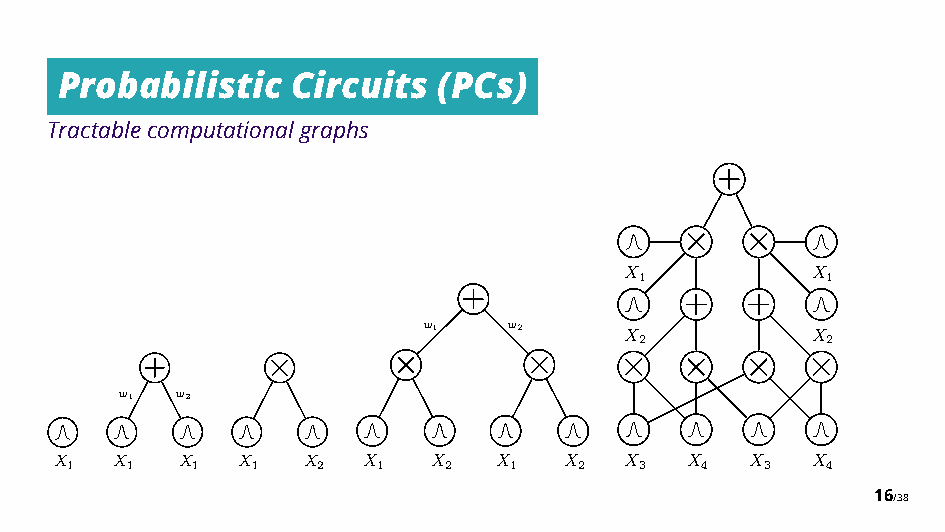
Probabilistic  Circuits  (PCs)
 Tractablecomputationalgraphs
 ⇥   ⇥
 X            X
 1            1
 w1    w2
 X            X
 2            2
 ⇥       ⇥        ⇥      ⇥   ⇥   ⇥   ⇥
 w1  w2
 X1 X1   X1  X1  X2  X 1  X 2 X 1 X 2 X 3 X 4  X 3 X 4
 16/38